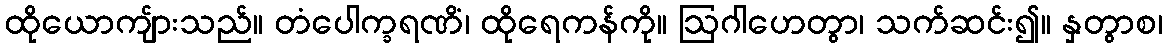
ထိုယောကျ်ားသည်။ တံပေါက္ခရဏိံ၊ ထိုရေကန်ကို။ ဩဂါဟေတွာ၊ သက်ဆင်း၍။ နှတွာစ၊